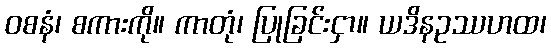
ဝစနံ၊ စကားကို။ ကာတုံ၊ ပြုခြင်းငှာ။ ယဒိနဥဿဟထ၊